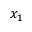
x _ { 1 }